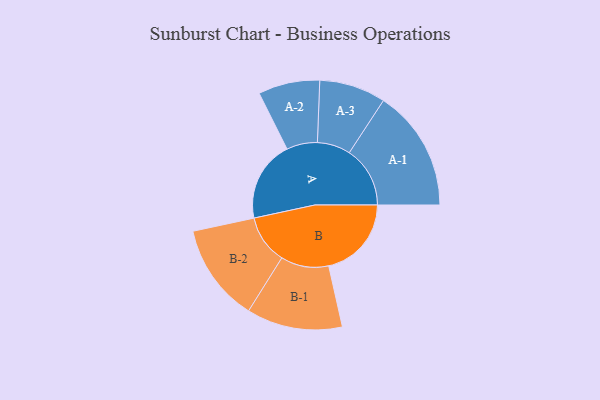
{"axis": {"x": "Segment", "y": "Value"}, "legend": ["", "A", "B"], "data": [{"x": "A", "y": 302, "type": ""}, {"x": "B", "y": 309, "type": ""}, {"x": "A-1", "y": 227, "type": "A"}, {"x": "A-2", "y": 115, "type": "A"}, {"x": "A-3", "y": 124, "type": "A"}, {"x": "B-1", "y": 179, "type": "B"}, {"x": "B-2", "y": 183, "type": "B"}]}